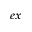
_ { e x }